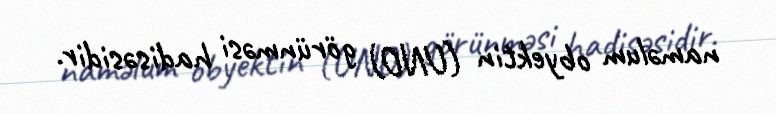
naməlum obyektin (UNO) görünməsi hadisəsidir.